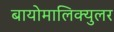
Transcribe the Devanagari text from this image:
बायोमालिक्युलर